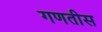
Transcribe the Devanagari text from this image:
गणतीस